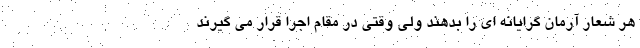
هر شعار آرمان گرایانه ای را بدهند ولی وقتی در مقام اجرا قرار می گیرند